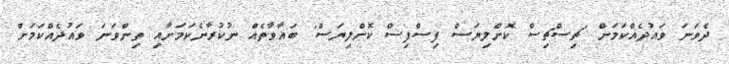
ދެވަނަ ވައުދެއްކަމަށް 'ޗިސްޗިސް ކޮށްލިޔަސް ފިސްފިސް ކޮށްލިޔަސް' ބަޣާވާތެއް ނުކުރާނެކަމަށާއި ތިންވަނަ ވައުދެއްކަމަށް